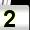
Digit: 2